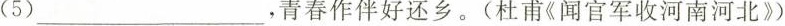
(5) ___，青春作伴好还乡。(杜甫《闻官军收河南河北》